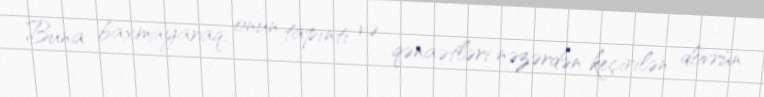
Buna baxmayaraq, onun tapıntı və qənaətləri nəzərdən keçirilən dövrün